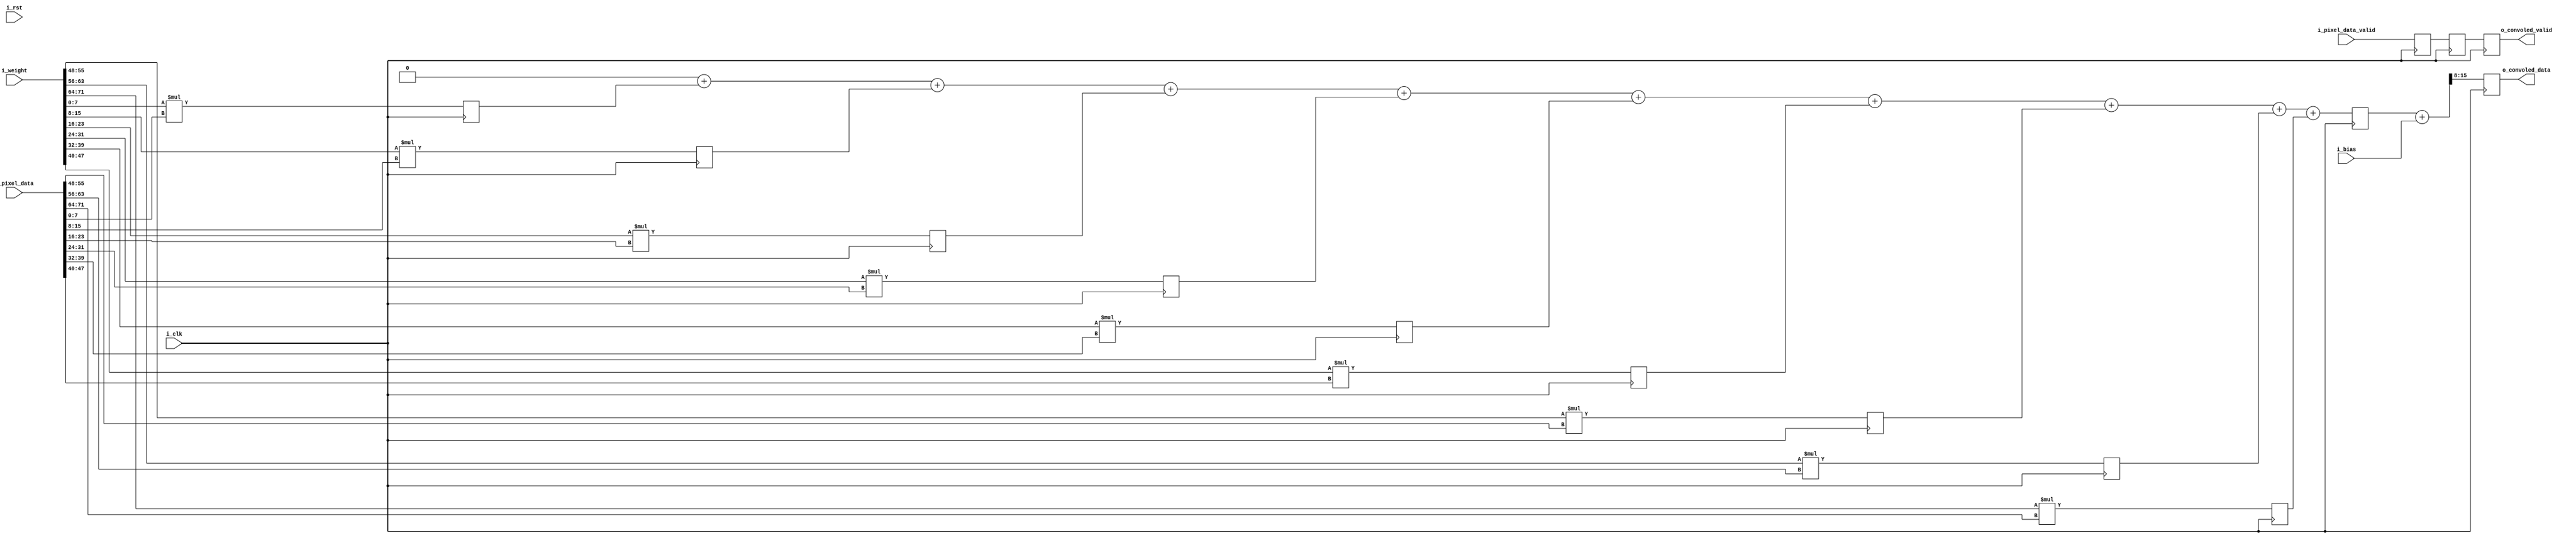
`timescale 1ns / 1ps
//////////////////////////////////////////////////////////////////////////////////
// Company: 
// Engineer: 
// 
// Design Name: 
// Module Name: conv
// Project Name: 
// Target Devices: 
// Tool Versions: 
// Description: 
// 
// Dependencies: 
// 
// Revision:
// Revision 0.01 - File Created
// Additional Comments:
// 
//////////////////////////////////////////////////////////////////////////////////
module conv(
    input i_clk,
    input i_rst,
    input [71:0] i_pixel_data,// 24bit(3pixel) for three line
    input i_pixel_data_valid,
    input [71:0] i_weight,
    input [7:0] i_bias,
    output reg [7:0] o_convoled_data,
    output reg o_convoled_valid
    );

    integer i;
    // reg [width] name [depth]
    // reg [7:0] kernel [8:0]; // nine pixel, each pixel represnents 8bit
    reg [15:0] maultData [8:0]; // 8bit * 8bit >> 16 bit width
    reg [15:0] sumData;
    reg [15:0] sumDataInt;
    reg        maultDataValid;
    reg        sumDataValid;
    
    // initial begin
    //     for(i=0;i<9;i=i+1)begin // this is for discript easier, if not use for loop, we have to write kernel[0] = 1; kernel[1] = 1; ....kernel[8] = 1;
    //         kernel[i] = i_weight[i*8+:8];
    //     end
    // end
    
    always@(posedge i_clk)begin
        for(i=0;i<9;i=i+1)begin
            maultData[i] <= i_weight[i*8+:8] * i_pixel_data[i*8+:8]; // kernel[0] * i_pixel_data[7:0] ...... kernel[8] * i_pixel_data[71:64]
        end
        maultDataValid <= i_pixel_data_valid;
    end

    always@(*)begin
        sumDataInt = 0;//sumDataInt <= 0; >> like this, for every next edge of i_clk  sumDataInt will be zero, its updated value appears at next clk
        for(i=0; i<9; i=i+1)begin
            sumDataInt = sumDataInt + maultData[i]; //sumDataInt = sumDataInt + maultData[i] >> like this, sumDataInt is immiedatly changed. so it doesnt be updated by clk cycle
        end
    end
    // mixed <= & = in one always block cant be synthsizeable

    always@(posedge i_clk)begin
        sumData <= sumDataInt;
        sumDataValid <= maultDataValid;
    end

    reg [15:0] addBias;
    always@(*)begin
        addBias <= sumData+{{8{1'b0}},i_bias};
    end

    always@(posedge i_clk)begin
        //o_convloed_data <= addBias[8]==0 ? addBias[7:0] : addBias[8:1];//this will discard fraction part, only takes integer part of dividied val
        o_convoled_data <= addBias[15:8];//take MSB
        o_convoled_valid <= sumDataValid;
    end

endmodule